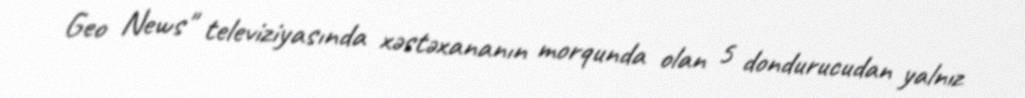
Geo News" televiziyasında xəstəxananın morqunda olan 5 dondurucudan yalnız